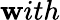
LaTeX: \mathbf{w}ith